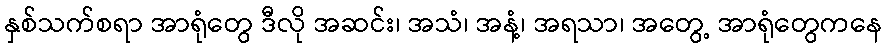
နှစ်သက်စရာ အာရုံတွေ ဒီလို အဆင်း၊ အသံ၊ အနံ့၊ အရသာ၊ အတွေ့ အာရုံတွေကနေ